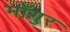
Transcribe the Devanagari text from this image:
माँगुर